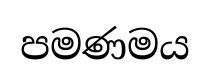
පමණමය